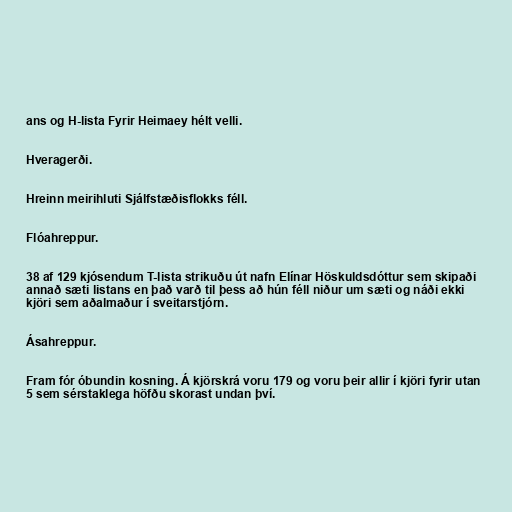
ans og H-lista Fyrir Heimaey hélt velli.

Hveragerði.

Hreinn meirihluti Sjálfstæðisflokks féll.

Flóahreppur.

38 af 129 kjósendum T-lista strikuðu út nafn Elínar Höskuldsdóttur sem skipaði
annað sæti listans en það varð til þess að hún féll niður um sæti og náði ekki
kjöri sem aðalmaður í sveitarstjórn.

Ásahreppur.

Fram fór óbundin kosning. Á kjörskrá voru 179 og voru þeir allir í kjöri fyrir utan
5 sem sérstaklega höfðu skorast undan því.